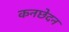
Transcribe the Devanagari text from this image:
कनछेदन